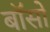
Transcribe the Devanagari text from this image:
बॉसों